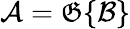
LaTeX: {\mathcal{A}}={\mathfrak{G}}\{ {\mathcal{B}}\}